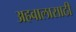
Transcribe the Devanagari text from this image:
अहवालासाठी